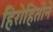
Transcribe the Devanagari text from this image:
हिरोहितोने